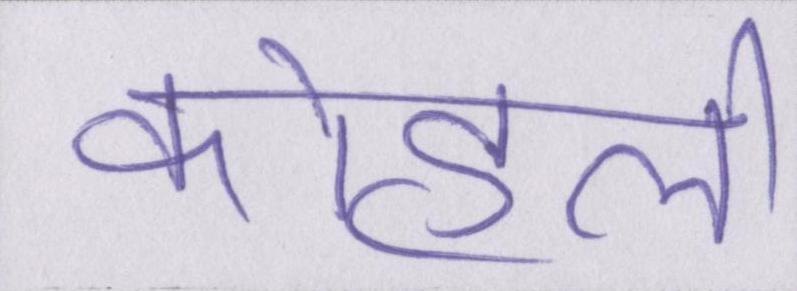
कोहली